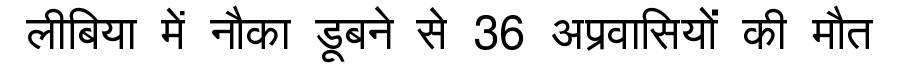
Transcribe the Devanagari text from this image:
लीबिया में नौका डूबने से 36 अप्रवासियों की मौत